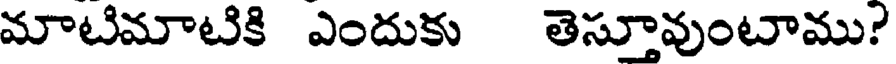
మాటిమాటికి ఎందుకు తెస్తూవుంటాము?